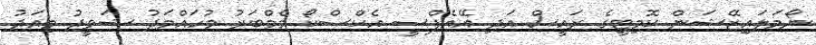
ނޯމަލައިޒޭޝަން ކޮމިޓީގެ ރައީސް އަދި އޭއެފްސީ އެކްސްކޯ މެމްބަރު މުހައްމަދު ޝަވީދު މިއަދު